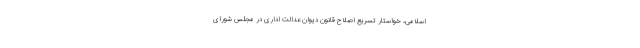
اسلامی، خواستار تسریع اصلاح قانون دیوان عدالت اداری در مجلس شورای